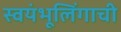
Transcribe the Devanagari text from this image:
स्वयंभूलिंगाची